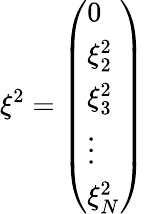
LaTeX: {{\mathbf{\xi}}^{2}}=\left(\begin{array}{l}{0}\\ {\xi_{2}^{2}}\\ {\xi_{3}^{2}}\\ {\vdots}\\ {\xi_{N}^{2}}\end{array}\right)